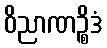
ဝိညာဏဉ္စိဒံ